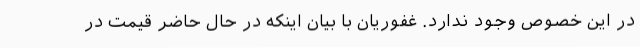
در این خصوص وجود ندارد. غفوریان با بیان اینکه در حال حاضر قیمت در